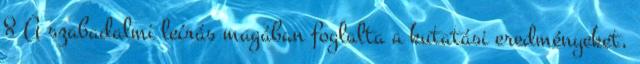
8 A szabadalmi leírás magában foglalta a kutatási eredményeket,